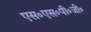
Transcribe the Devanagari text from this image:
एस॰एस॰पी॰जी॰